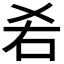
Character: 𠯌